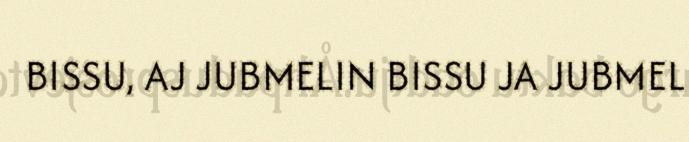
BISSU, AJ JUBMELIN BISSU JA JUBMEL